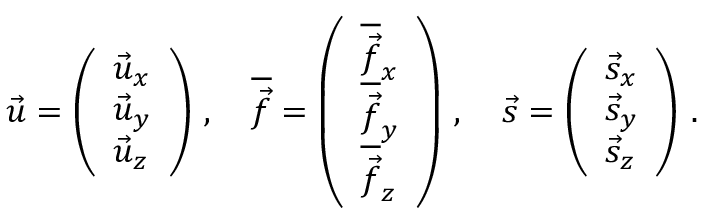
\vec { u } = \left( \begin{array} { l } { \vec { u } _ { x } } \\ { \vec { u } _ { y } } \\ { \vec { u } _ { z } } \end{array} \right) \, , \quad \overline { { \vec { f } } } = \left( \begin{array} { l } { \overline { { \vec { f } } } _ { x } } \\ { \overline { { \vec { f } } } _ { y } } \\ { \overline { { \vec { f } } } _ { z } } \end{array} \right) \, , \quad \vec { s } = \left( \begin{array} { l } { \vec { s } _ { x } } \\ { \vec { s } _ { y } } \\ { \vec { s } _ { z } } \end{array} \right) \, .